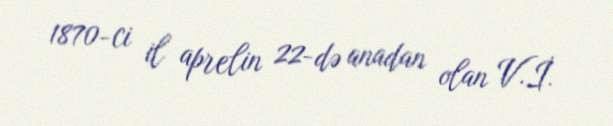
1870-ci il aprelin 22-də anadan olan V.İ.